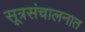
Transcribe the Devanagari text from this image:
सूत्रसंचालनात